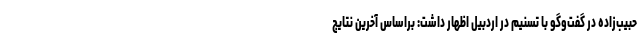
حبیب‌زاده در گفت‌وگو با تسنیم در اردبیل اظهار داشت: براساس آخرین نتایج